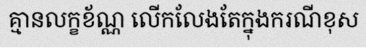
គ្មានលក្ខខ័ណ្ណ លើកលែងតែក្នុងករណីខុស